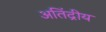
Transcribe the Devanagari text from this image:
अतिंद्रीय